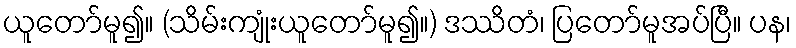
ယူတော်မူ၍။ (သိမ်းကျုံးယူတော်မူ၍။) ဒဿိတံ၊ ပြတော်မူအပ်ပြီ။ ပန၊